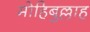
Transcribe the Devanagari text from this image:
मोहिबुल्लाह